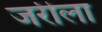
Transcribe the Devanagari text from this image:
जरीला